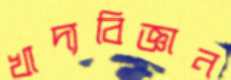
খাদ্যবিজ্ঞান